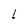
Character: L